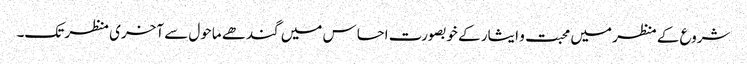
شروع کے منظر میں محبت و ایثار کے خوبصورت احساس میں گندھے ماحول سے آخری منظر تک۔